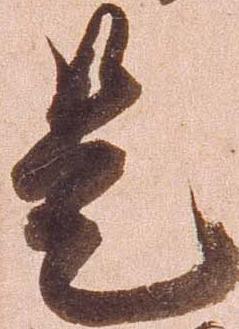
是